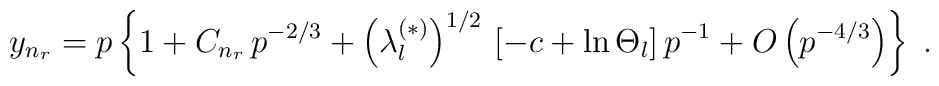
y_{n_{r}}=p\left\{1 +C_{n_{r}}\,p^{-2/3}+\left( \lambda_{l}^{(\ast)} \right)^{1/2}\,\left[-c + \ln \Theta_{l} \right]p^{-1}+O\left( p^{-4/3} \right)\right\}\;  .